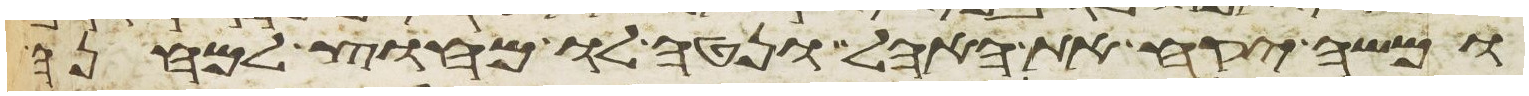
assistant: ומשה יקח את האהל ונטה לו מחוץ למחנה